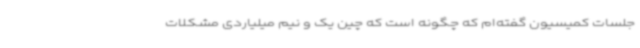
جلسات کمیسیون گفته‌ام که چگونه است که چین یک و نیم میلیاردی مشکلات